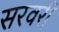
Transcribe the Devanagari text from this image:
सरवरी